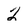
Character: 2